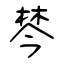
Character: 棽